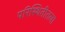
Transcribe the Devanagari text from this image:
परिस्थितीतला